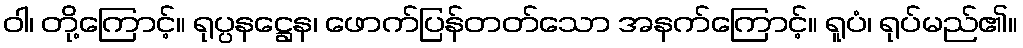
ဝါ၊ တို့ကြောင့်။ ရုပ္ပနဋ္ဌေန၊ ဖောက်ပြန်တတ်သော အနက်ကြောင့်။ ရူပံ၊ ရုပ်မည်၏။